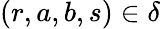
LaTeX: (r,a,b,s)\in\delta